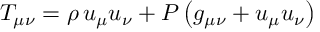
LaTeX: T _ { \mu \nu } = \rho \, u _ { \mu } u _ { \nu } + P \left( g _ { \mu \nu } + u _ { \mu } u _ { \nu } \right)